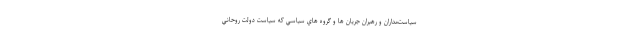
سياست‌مداران و رهبران جريان ها و گروه هاي سياسي كه سياست دولت روحاني